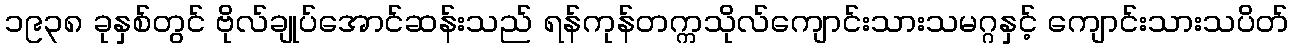
၁၉၃၈ ခုနှစ်တွင် ဗိုလ်ချုပ်အောင်ဆန်းသည် ရန်ကုန်တက္ကသိုလ်ကျောင်းသားသမဂ္ဂနှင့် ကျောင်းသားသပိတ်